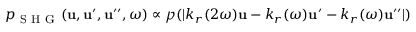
p _ { \mathrm { ~ S ~ H ~ G ~ } } ( \boldsymbol { \mathbf { u } } , \boldsymbol { \mathbf { u } } ^ { \prime } , \boldsymbol { \mathbf { u } } ^ { \prime \prime } , \omega ) \propto \mathcal { p } ( | k _ { r } ( 2 \omega ) \boldsymbol { \mathbf { u } } - k _ { r } ( \omega ) \boldsymbol { \mathbf { u } } ^ { \prime } - k _ { r } ( \omega ) \boldsymbol { \mathbf { u } } ^ { \prime \prime } | )